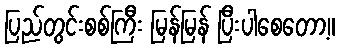
ပြည်တွင်းစစ်ကြီး မြန်မြန် ပြီးပါစေတော့။